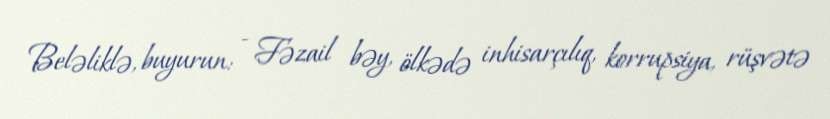
Beləliklə, buyurun: - Fəzail bəy, ölkədə inhisarçılıq, korrupsiya, rüşvətə